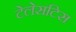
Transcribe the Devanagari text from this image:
टेलेसटिस